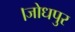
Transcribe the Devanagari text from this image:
।जोधपुर